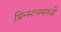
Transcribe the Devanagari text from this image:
प्रिन्स्टनमध्ये